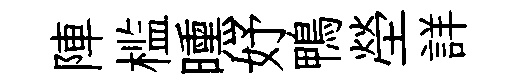
陣槛曛妤鴨塋詳